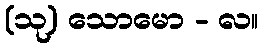
(သု) သောမော - လ။